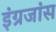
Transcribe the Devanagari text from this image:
इंग्रजांस